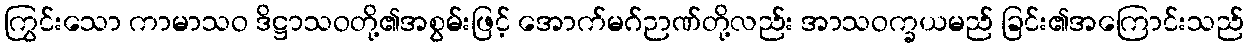
ကြွင်းသော ကာမာသဝ ဒိဋ္ဌာသဝတို့၏အစွမ်းဖြင့် အောက်မဂ်ဉာဏ်တို့လည်း အာသဝက္ခယမည် ခြင်း၏အကြောင်းသည်